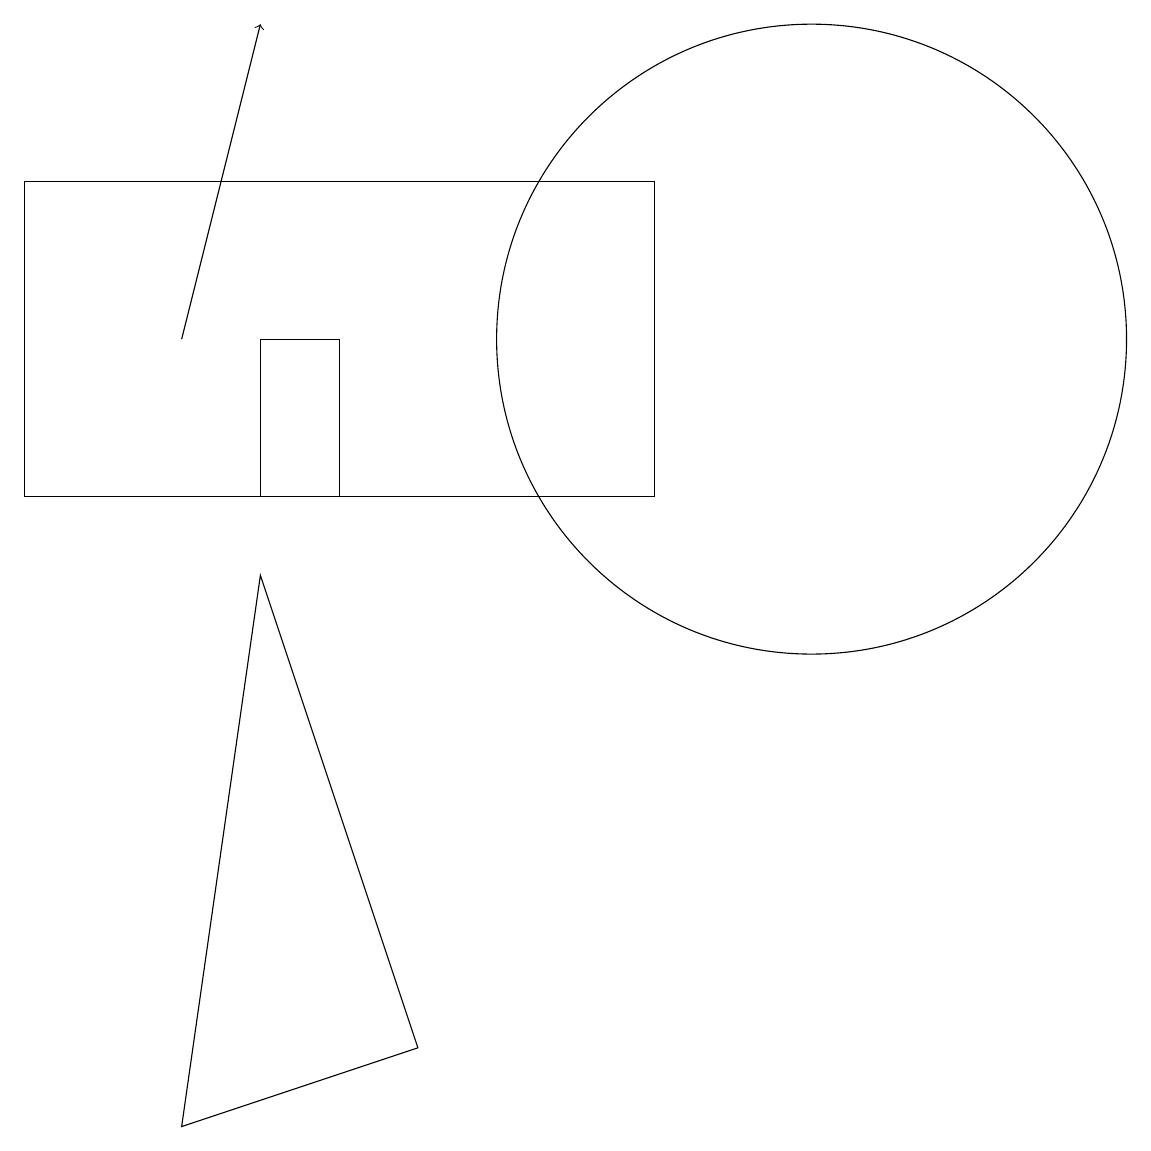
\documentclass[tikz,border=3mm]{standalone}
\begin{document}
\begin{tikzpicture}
\draw (4,10) rectangle (3,12);
\draw (5,3) -- (3,9) -- (2,2) -- cycle;
\draw (10,12) circle (4);
\draw (0,10) rectangle (8,14);
\draw[->] (2,12) -- (3,16);
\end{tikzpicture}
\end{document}